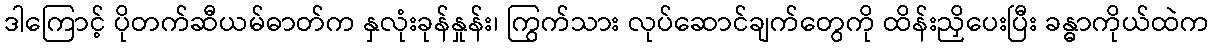
ဒါကြောင့် ပိုတက်ဆီယမ်ဓာတ်က နှလုံးခုန်နှုန်း၊ ကြွက်သား လုပ်ဆောင်ချက်တွေကို ထိန်းညှိပေးပြီး ခန္ဓာကိုယ်ထဲက